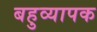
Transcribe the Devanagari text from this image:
बहुव्यापक